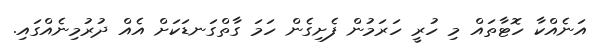
އަނެއްކާ ހޮޓާތައް މި ހުރީ ހަރަމުން ފެށިގެން ހަމަ ގާތްގަނޑަކަށް އެއް ދުރުމިނެއްގައި.